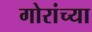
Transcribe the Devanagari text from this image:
गोरांच्या